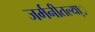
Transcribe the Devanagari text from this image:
जर्मनीतल्या़़